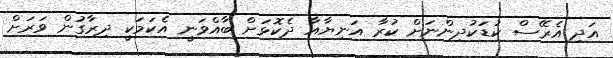
އަދި އެރޭސް ކުޑަކުދިންނަށް ކުރާ އަނިޔާއާ ދެކޮޅަށް ބާއްވަނީ އެކަމަކީ ދިރާގުން ވަރަށް